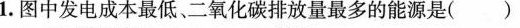
1.图中发电成本最低、二氧化碳排放量最多的能源是( )